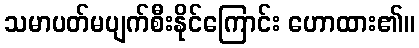
သမာပတ်မပျက်စီးနိုင်ကြောင်း ဟောထား၏။